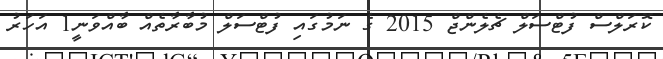
ކޮރަލްސް ފުޓްސަލް ޗެލެންޖް 2015 ގެ ނަމުގައި ފުޓްސަލް މުބާރާތެއް ބާއްވަނީ1 އަހަރު